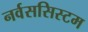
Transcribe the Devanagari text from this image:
नर्वससिस्टम